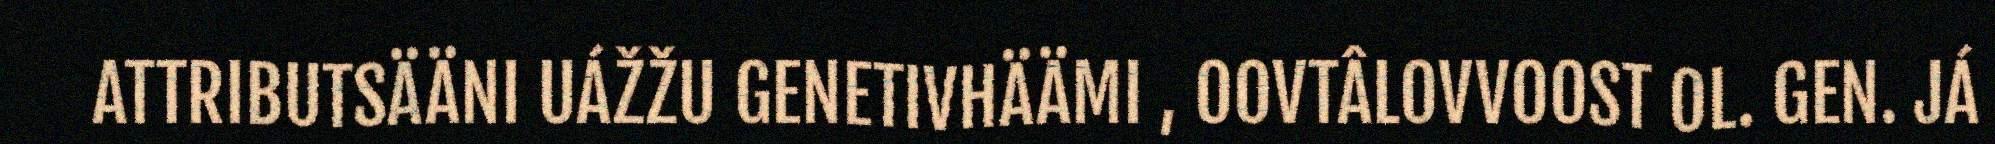
ATTRIBUTSÄÄNI UÁŽŽU GENETIVHÄÄMI , OOVTÂLOVVOOST OL. GEN. JÁ